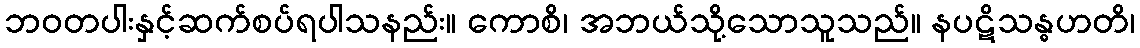
ဘဝတပါးနှင့်ဆက်စပ်ရပါသနည်း။ ကောစိ၊ အဘယ်သို့သောသူသည်။ နပဋိသန္ဓဟတိ၊